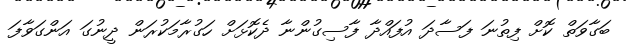
ބަގާވަތް ކޮށް ފިތުނަ ފަސާދަ އުފައްދާ ފާސިގުންނާ ދެކޮޅަށް ހަގުރާމަކުރަން ދީނުގަ އަންގަވާފަ